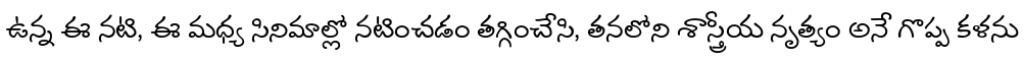
ఉన్న ఈ నటి, ఈ మధ్య సినిమాల్లో నటించడం తగ్గించేసి, తనలోని శాస్త్రీయ నృత్యం అనే గొప్ప కళను